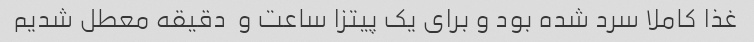
غذا کاملا سرد شده بود و برای یک پیتزا ساعت و  دقیقه معطل شدیم